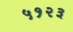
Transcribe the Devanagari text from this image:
५१२३